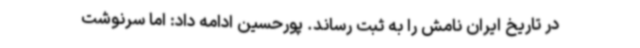
در تاریخ ایران نامش را به ثبت رساند. پورحسین ادامه داد: اما سرنوشت